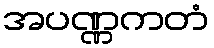
အပဏ္ဏကတံ